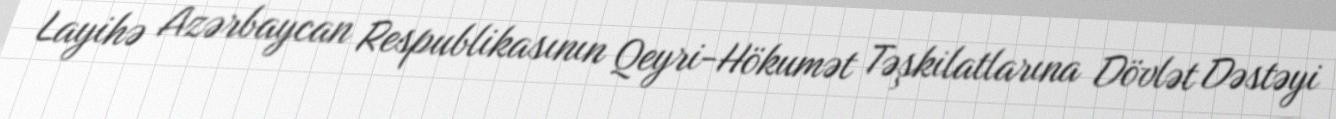
Layihə Azərbaycan Respublikasının Qeyri-Hökumət Təşkilatlarına Dövlət Dəstəyi